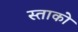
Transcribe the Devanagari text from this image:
स्ताको